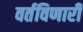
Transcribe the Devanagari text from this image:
वर्तविणारी